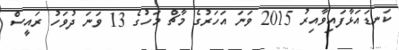
ކަނޑައަޅާފައިވާއިރު 2015 ވަނަ އަހަރުގެ މާޗް މަހުގެ 13 ވަނަ ދުވަހު ރައީސް